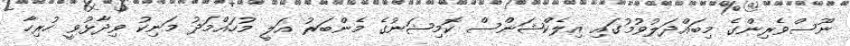
ނޫސްވެރިންގެ މިބައްދަލުވުމުގައި އިލެކްޝަންސް ކޮމިޝަނުގެ މެންބަރު އަލީ މުހައްމަދު މަނިކު ވިދާޅުވީ ހުރިހާ